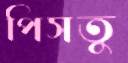
পিসতু